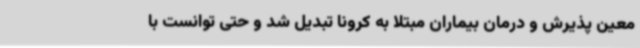
معین پذیرش و درمان بیماران مبتلا به کرونا تبدیل شد و حتی توانست با